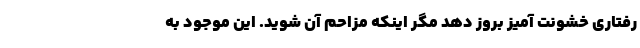
رفتاری خشونت آمیز بروز دهد مگر اینکه مزاحم آن شوید. این موجود به